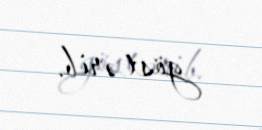
göstərib.